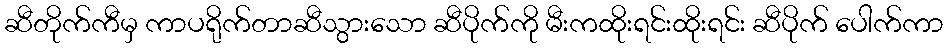
ဆီတိုက်ကီမှ ကာပရိုက်တာဆီသွားသော ဆီပိုက်ကို မီးကထိုးရင်းထိုးရင်း ဆီပိုက် ပေါက်ကာ